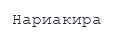
Нариакира